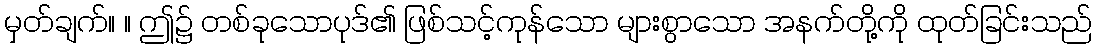
မှတ်ချက်။ ။ ဤ၌ တစ်ခုသောပုဒ်၏ ဖြစ်သင့်ကုန်သော များစွာသော အနက်တို့ကို ထုတ်ခြင်းသည်